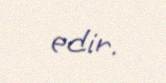
edir.